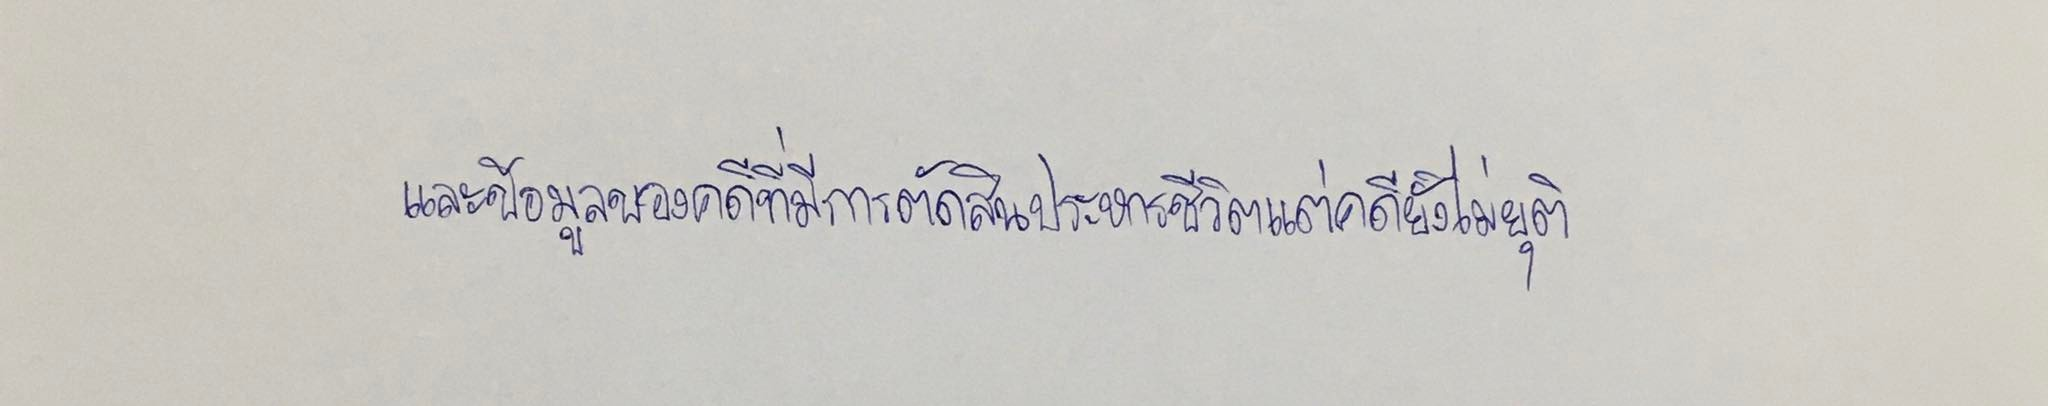
และข้อมูลของคดีที่มีการตัดสินประหารชีวิตแต่คดียังไม่ยุติ